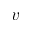
v